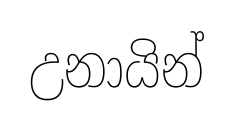
උනායින්